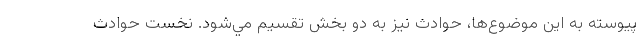
پيوسته به اين موضوع‌ها، حوادث نيز به دو بخش تقسيم مي‌شود. نخست حوادث